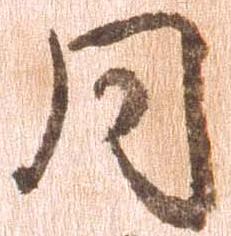
同